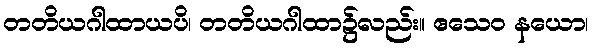
တတိယဂါထာယပိ၊ တတိယဂါထာ၌လည်း။ ဧသေဝ နယော၊